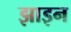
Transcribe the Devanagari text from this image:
झाइन